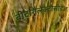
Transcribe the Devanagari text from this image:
बीटागैलेक्टोसीडेज